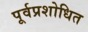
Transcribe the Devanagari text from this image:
पूर्वप्रशोधित